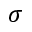
\sigma